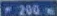
#200m